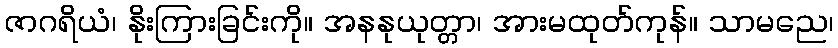
ဇာဂရိယံ၊ နိုးကြားခြင်းကို။ အနနုယုတ္တာ၊ အားမထုတ်ကုန်။ သာမညေ၊